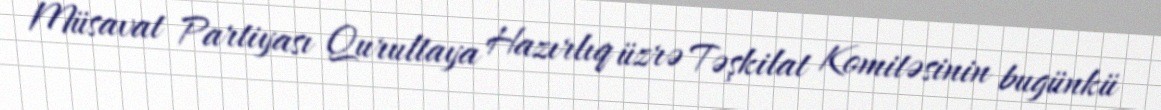
Müsavat Partiyası Qurultaya Hazırlıq üzrə Təşkilat Komitəsinin bugünkü